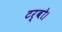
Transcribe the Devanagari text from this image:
टर्बो।